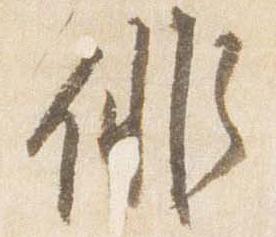
俳